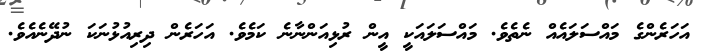
އަހަރެންގެ މައްސަލައެއް ނެތެވެ. މައްސަލައަކީ އީން ރުޅިއަންނާނެ ކަމެވެ. އަހަރެން ދިރިއުޅުނަކަ ނުދޭނެއެވެ.